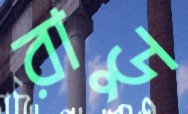
রাডু